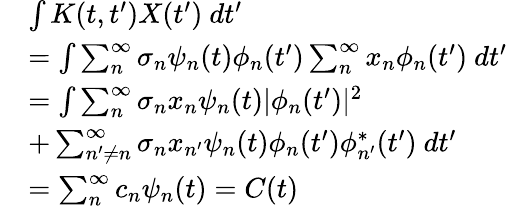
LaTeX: \begin{array}{rl}&{\int K(t,t^{\prime})X(t^{\prime})~dt^{\prime}}\\ &{=\int\sum_{n}^{\infty}\sigma_{n}\psi_{n}(t)\phi_{n}(t^{\prime})\sum_{n}^{\infty}x_{n}\phi_{n}(t^{\prime})~dt^{\prime}}\\ &{=\int\sum_{n}^{\infty}\sigma_{n}x_{n}\psi_{n}(t)|\phi_{n}(t^{\prime})|^{2}}\\ &{+\sum_{n^{\prime}\neq n}^{\infty}\sigma_{n}x_{n^{\prime}}\psi_{n}(t)\phi_{n}(t^{\prime})\phi_{n^{\prime}}^{*}(t^{\prime})~dt^{\prime}}\\ &{=\sum_{n}^{\infty}c_{n}\psi_{n}(t)=C(t)}\end{array}